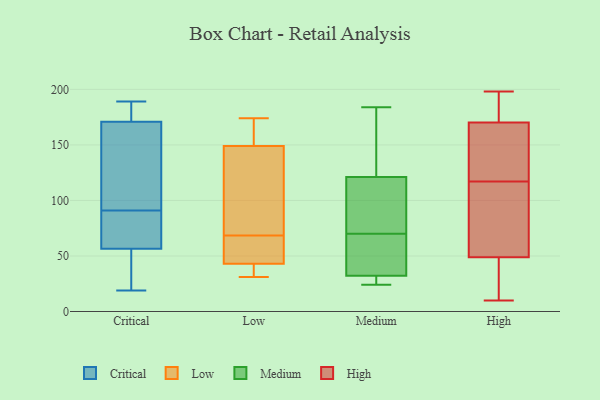
{"axis": {"x": "Bounce Rate (%)", "y": "Value"}, "legend": ["Critical", "High", "Low", "Medium"], "data": [{"x": "", "y": 76, "type": "Critical"}, {"x": "", "y": 175, "type": "Critical"}, {"x": "", "y": 78, "type": "Critical"}, {"x": "", "y": 91, "type": "Critical"}, {"x": "", "y": 176, "type": "Critical"}, {"x": "", "y": 176, "type": "Critical"}, {"x": "", "y": 36, "type": "Critical"}, {"x": "", "y": 50, "type": "Critical"}, {"x": "", "y": 189, "type": "Critical"}, {"x": "", "y": 92, "type": "Critical"}, {"x": "", "y": 188, "type": "Critical"}, {"x": "", "y": 80, "type": "Critical"}, {"x": "", "y": 90, "type": "Critical"}, {"x": "", "y": 106, "type": "Critical"}, {"x": "", "y": 19, "type": "Critical"}, {"x": "", "y": 42, "type": "Critical"}, {"x": "", "y": 30, "type": "Critical"}, {"x": "", "y": 158, "type": "Critical"}, {"x": "", "y": 118, "type": "Critical"}, {"x": "", "y": 127, "type": "Low"}, {"x": "", "y": 43, "type": "Low"}, {"x": "", "y": 174, "type": "Low"}, {"x": "", "y": 87, "type": "Low"}, {"x": "", "y": 47, "type": "Low"}, {"x": "", "y": 36, "type": "Low"}, {"x": "", "y": 149, "type": "Low"}, {"x": "", "y": 31, "type": "Low"}, {"x": "", "y": 170, "type": "Low"}, {"x": "", "y": 50, "type": "Low"}, {"x": "", "y": 184, "type": "Medium"}, {"x": "", "y": 131, "type": "Medium"}, {"x": "", "y": 30, "type": "Medium"}, {"x": "", "y": 29, "type": "Medium"}, {"x": "", "y": 172, "type": "Medium"}, {"x": "", "y": 67, "type": "Medium"}, {"x": "", "y": 70, "type": "Medium"}, {"x": "", "y": 91, "type": "Medium"}, {"x": "", "y": 79, "type": "Medium"}, {"x": "", "y": 24, "type": "Medium"}, {"x": "", "y": 39, "type": "Medium"}, {"x": "", "y": 184, "type": "High"}, {"x": "", "y": 10, "type": "High"}, {"x": "", "y": 151, "type": "High"}, {"x": "", "y": 20, "type": "High"}, {"x": "", "y": 124, "type": "High"}, {"x": "", "y": 87, "type": "High"}, {"x": "", "y": 112, "type": "High"}, {"x": "", "y": 190, "type": "High"}, {"x": "", "y": 198, "type": "High"}, {"x": "", "y": 36, "type": "High"}, {"x": "", "y": 96, "type": "High"}, {"x": "", "y": 165, "type": "High"}, {"x": "", "y": 172, "type": "High"}, {"x": "", "y": 117, "type": "High"}, {"x": "", "y": 17, "type": "High"}]}